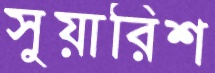
সুয়ারিশ